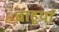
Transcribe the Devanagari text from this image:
बाहूर्या